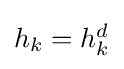
\textstyle h_{k}=h_{k}^{d}